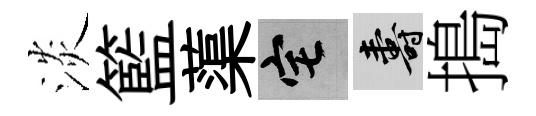
淡籃蕖宅壽搗